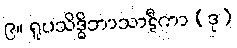
၉။ ရူပသိဒ္ဓိဘာသာဋီကာ (ဒု)